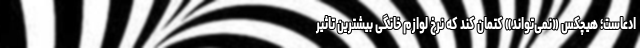
ادعاست؛ هیچکس «نمی‌تواند» کتمان کند که نرخ لوازم خانگی بیشترین تاثیر